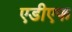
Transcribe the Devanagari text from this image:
एडीएफ